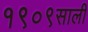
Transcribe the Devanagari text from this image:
१९०९साली